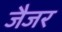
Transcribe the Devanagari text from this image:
जैजर